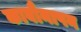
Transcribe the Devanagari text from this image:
काबौनापन